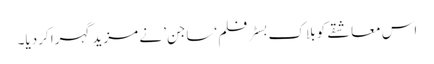
اس معاشقے کو بلاک بسٹر فلم ‘ساجن’ نے مزید گہرا کردیا۔